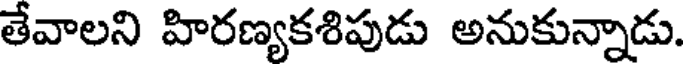
తేవాలని హిరణ్యకశిపుడు అనుకున్నాడు.